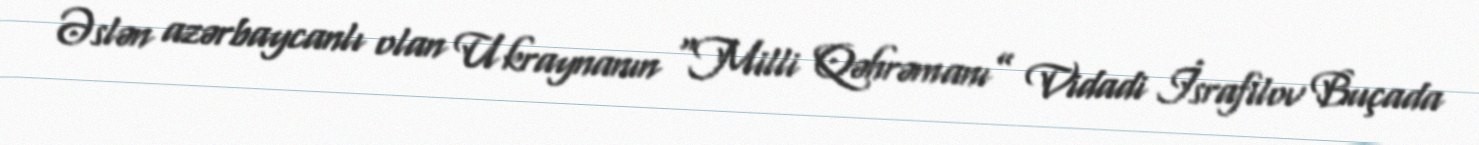
Əslən azərbaycanlı olan Ukraynanın “Milli Qəhrəmanı” Vidadi İsrafilov Buçada